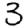
Digit: 3